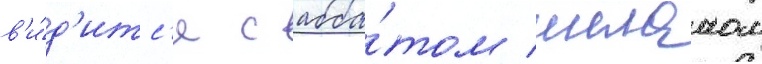
в'и́д'итс'я с абба́том шеланом